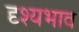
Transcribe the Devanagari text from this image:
दृश्यभाव